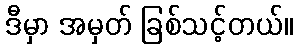
ဒီမှာ အမှတ် ခြစ်သင့်တယ်။